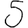
Digit: 5